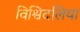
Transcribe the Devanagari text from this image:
विश्विदलिया